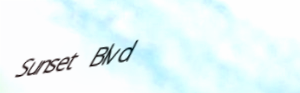
Sunset Blvd